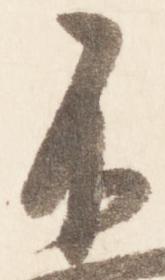
不